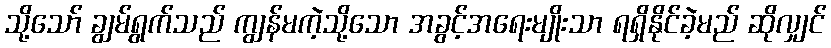
သို့သော် ချွမ်ရွက်သည် ကျွန်မကဲ့သို့သော အခွင့်အရေးမျိုးသာ ရရှိနိုင်ခဲ့မည် ဆိုလျှင်